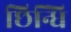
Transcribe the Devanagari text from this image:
छिन्धि